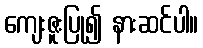
ကျေးဇူးပြု၍ နားဆင်ပါ။